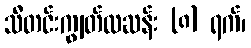
သီတင်းကျွတ်လဆန်း (၈) ရက်၊